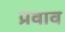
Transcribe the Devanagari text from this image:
प्रवाव